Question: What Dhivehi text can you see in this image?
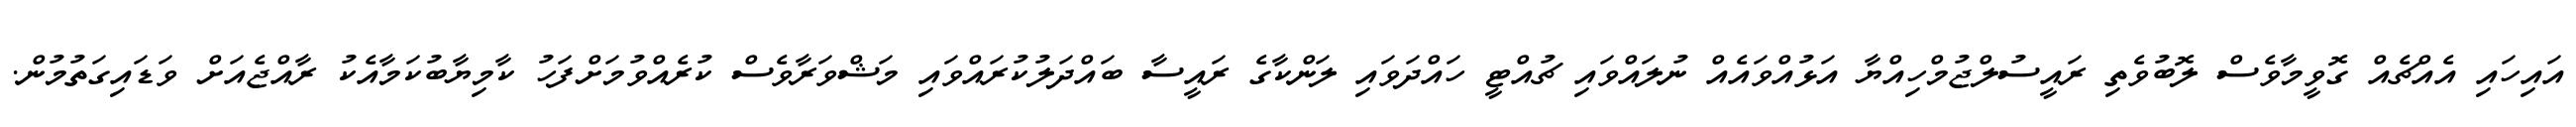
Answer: އައިހައި އެއްޗެއް ގޮވީމާވެސް ލޮބުވެތި ރައީސުލްޖުމްހިއްޔާ އަޅުއްވައެއް ނުލައްވައި ޗުއްޓީ ހައްދަވައި ލަންކާގެ ރައީސާ ބައްދަލުކުރައްވައި މަޝްވަރާވެސް ކުރެއްވުމަށްފަހު ކާމިޔާބުކަމާއެކު ރާއްޖެއަށް ވަޑައިގަތުމުން.